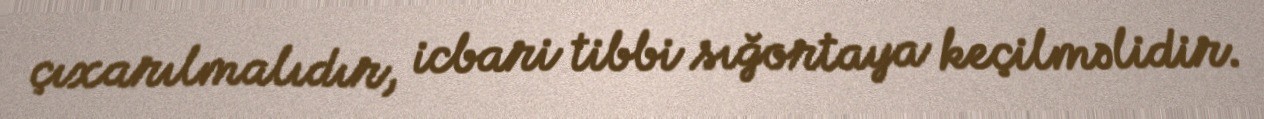
çıxarılmalıdır, icbari tibbi sığortaya keçilməlidir.